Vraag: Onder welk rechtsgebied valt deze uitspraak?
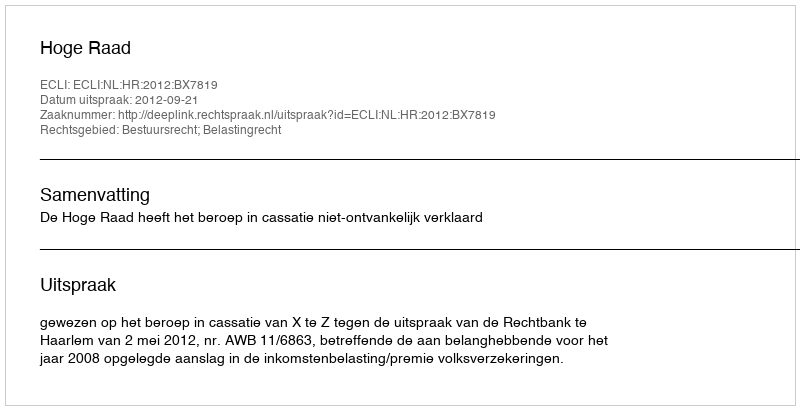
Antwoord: Bestuursrecht; Belastingrecht